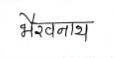
मजकूर: भैरवनाथ